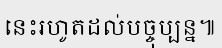
នេះរហូតដល់បច្ចុប្បន្ន៕